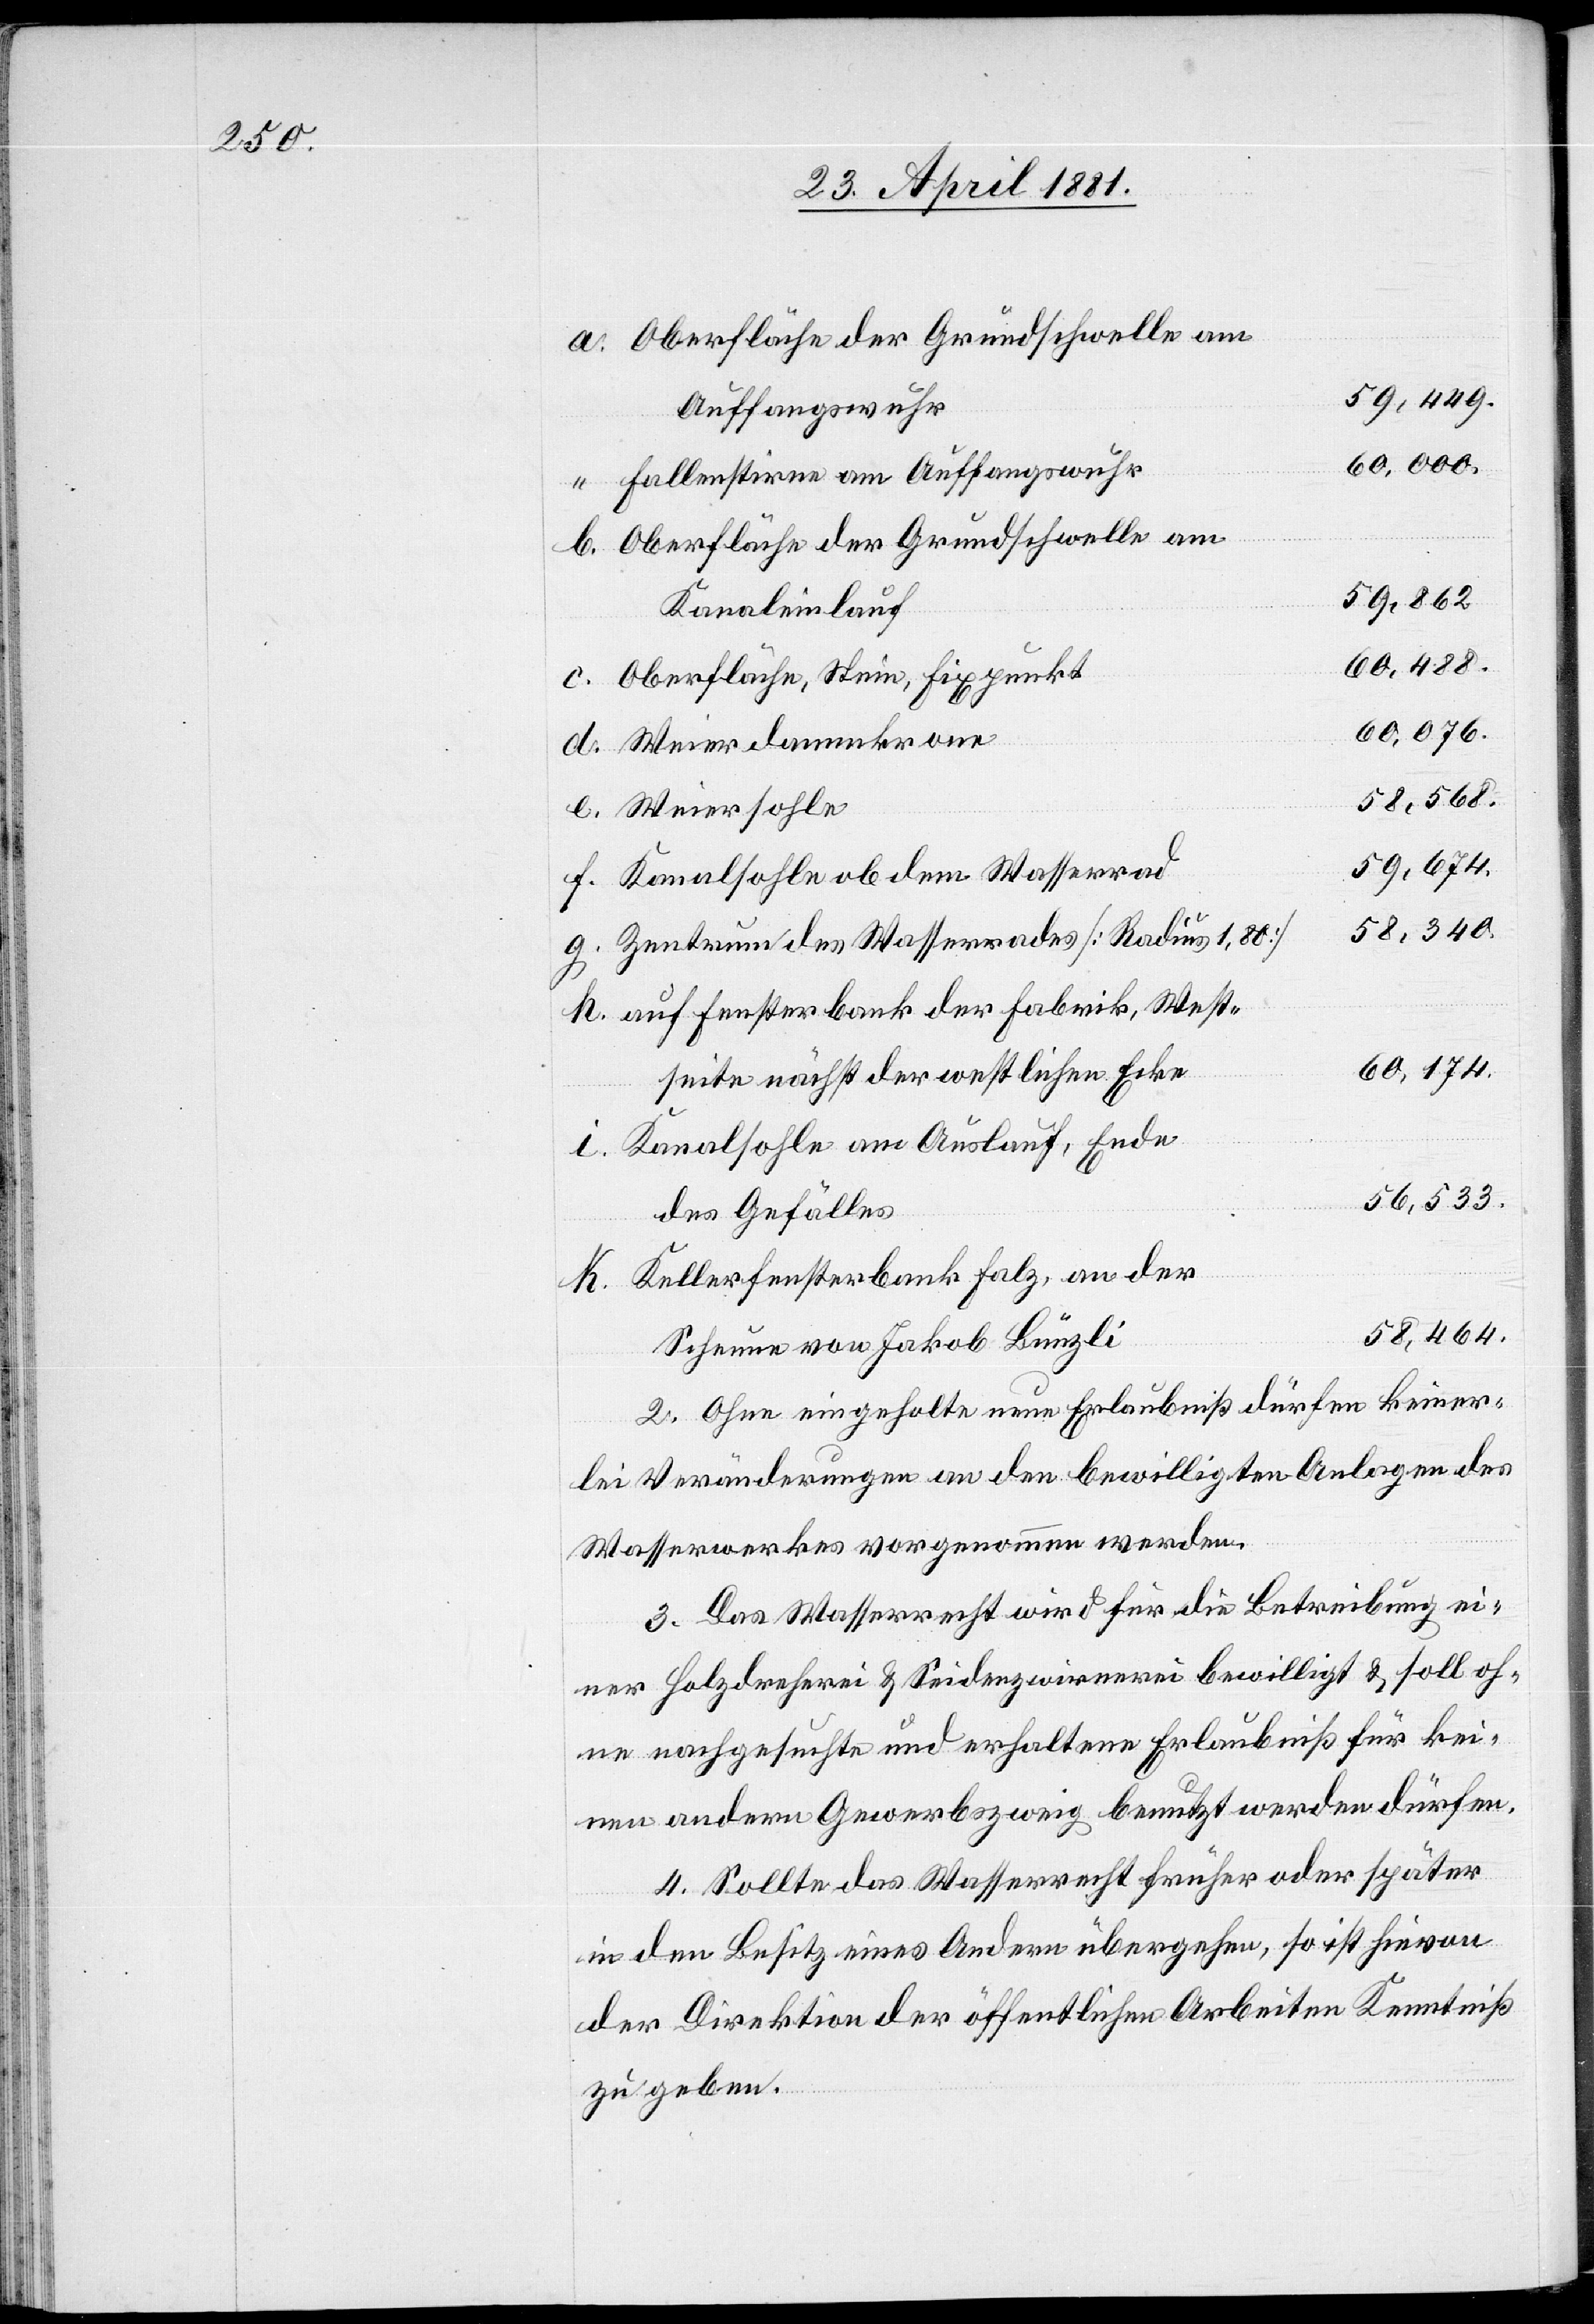
h.

Oberfläche der Grundschwelle am
59,674.
Auffangswuhr
60,000.
Fallenstirne am Auffangswuhr
59,862.
Kanaleinlauf
60,488.
Oberfläche, Stein, Fixpunkt
60,174.
i.
Weierdammkrone
58,568.
Kanalsohle ob dem Wasserrad
58,340.
Zentrum des Wasserrades [Radius 1,80]
auf Fensterbank der Fabrik, West¬
seite nächst der westlichen Ecke
Kanalsohle am Auslauf, Ende
56,533.
des Gefälles
Kellerfensterbank Falz, an der
58,464.
Scheune von Jakob Bünzli
2. Ohne eingeholte neue Erlaubniß dürfen keiner¬
lei Veränderungen an den bewilligten Anlagen des
Wasserwerkes vorgenommen werden.
3. Das Wasserrecht wird für die Betreibung ei¬
ner Holzdreherei & Seidenzwirnerei bewilligt & soll oh¬
ne nachgesuchte und erhaltene Erlaubniß für kei¬
nen andern Gewerbezweig benutzt werden dürfen.
4. Sollte das Wasserrecht früher oder später
in den Besitz eines Andern übergehen, so ist hievon
der Direktion öffentlichen Arbeiten Kenntniß
zu geben.